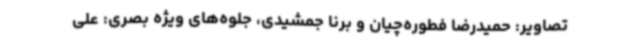
تصاویر: حمیدرضا فطوره‌چیان و برنا جمشیدی، جلوه‌های ویژه بصری: علی